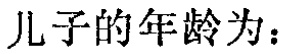
儿子的年龄为：